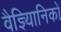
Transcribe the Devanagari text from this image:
वैज्ञ्यिानिकों